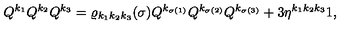
Q ^ { k _ { 1 } } Q ^ { k _ { 2 } } Q ^ { k _ { 3 } } = \varrho _ { k _ { 1 } k _ { 2 } k _ { 3 } } ( \sigma ) Q ^ { k _ { \sigma ( 1 ) } } Q ^ { k _ { \sigma ( 2 ) } } Q ^ { k _ { \sigma ( 3 ) } } + 3 { \eta } ^ { k _ { 1 } k _ { 2 } k _ { 3 } } 1 ,